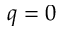
q = 0